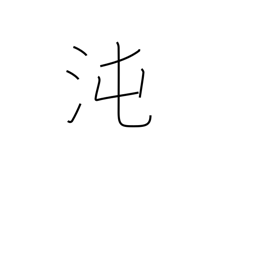
Meaning: primeval chaos